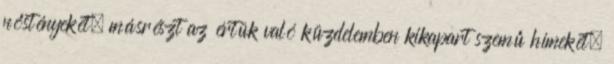
nőstényekét, másrészt az értük való küzdelemben kikapart szemű hímekét,